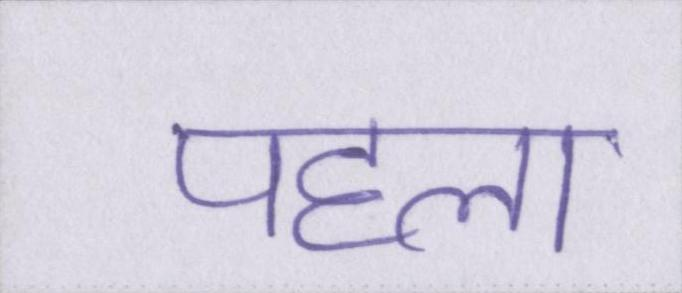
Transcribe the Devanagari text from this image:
पहला